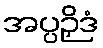
အပ္ပဉှိဒံ